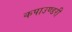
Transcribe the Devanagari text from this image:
कपाउण्डरी